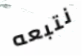
نتبعه